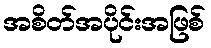
အစိတ်အပိုင်းအဖြစ်